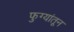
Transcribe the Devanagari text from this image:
फुग्यांतून